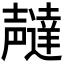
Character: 𫯇